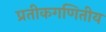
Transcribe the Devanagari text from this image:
प्रतीकगणितीय